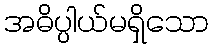
အဓိပ္ပါယ်မရှိသော